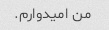
من امیدوارم.